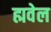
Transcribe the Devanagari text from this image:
ह्मवेल